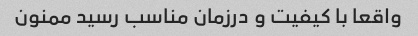
واقعا با کیفیت و درزمان مناسب رسید ممنون